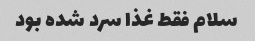
سلام فقط غذا سرد شده بود